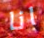
انا